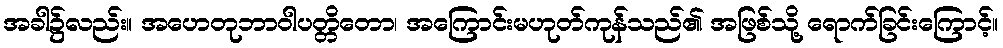
အခါ၌လည်း။ အဟေတုဘာဝါပတ္တိတော၊ အကြောင်းမဟုတ်ကုန်သည်၏ အဖြစ်သို့ ရောက်ခြင်းကြောင့်။